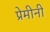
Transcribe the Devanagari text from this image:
प्रेमीनी